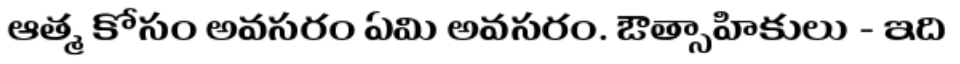
ఆత్మ కోసం అవసరం ఏమి అవసరం. ఔత్సాహికులు - ఇది